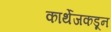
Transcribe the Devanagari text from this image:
कार्थेजकडून